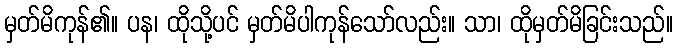
မှတ်မိကုန်၏။ ပန၊ ထိုသို့ပင် မှတ်မိပါကုန်သော်လည်း။ သာ၊ ထိုမှတ်မိခြင်းသည်။